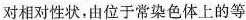
对相对性状，由位于常染色体上的等